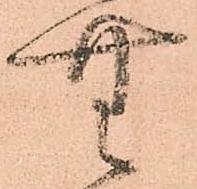
無